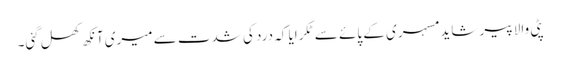
پٹی والا پیر شاید مسہری کے پائے سے ٹکرایا کہ درد کی شدت سے میری آنکھ کھل گئی۔